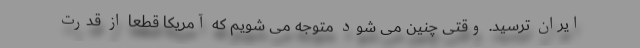
ایران ترسید. وقتی چنین می شود متوجه می شویم که آمریکا قطعا از قدرت